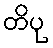
တိပု